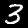
Label: 3